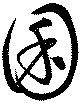
囷